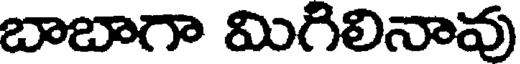
బాబాగా మిగిలినావు